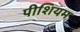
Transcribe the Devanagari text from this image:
पीशियम